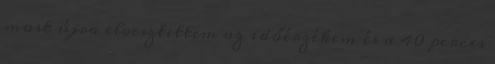
most újra elvesztettem az időérzékem és a 40 perces